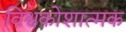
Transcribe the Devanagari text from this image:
विश्वकोशात्मक